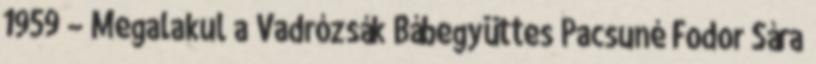
1959 – Megalakul a Vadrózsák Bábegyüttes Pacsuné Fodor Sára